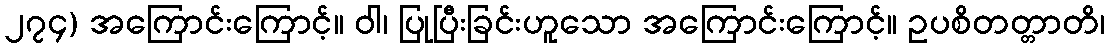
၂၇၄) အကြောင်းကြောင့်။ ဝါ၊ ပြုပြီးခြင်းဟူသော အကြောင်းကြောင့်။ ဥပစိတတ္တာတိ၊